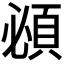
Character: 𬱂